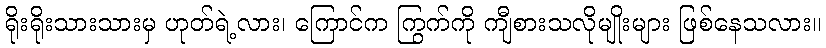
ရိုးရိုးသားသားမှ ဟုတ်ရဲ့လား၊ ကြောင်က ကြွက်ကို ကျီစားသလိုမျိုးများ ဖြစ်နေသလား။